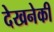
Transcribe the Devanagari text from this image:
देखनेकी